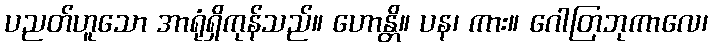
ပညတ်ဟူသော အာရုံရှိကုန်သည်။ ဟောန္တိ။ ပန၊ ကား။ ဂေါတြဘုကာလေ၊